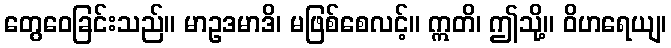
တွေဝေခြင်းသည်။ မာဥဒမာဒိ၊ မဖြစ်စေလင့်။ ဣတိ၊ ဤသို့။ ဝိဟရေယျ၊